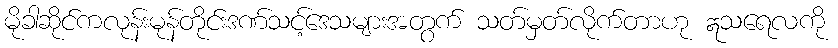
မိုခါဆိုင်ကလုန်းမုန်တိုင်းဒဏ်သင့်ဒေသများအတွက် သတ်မှတ်လိုက်တာဟု ဣသရေလကို